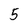
Character: 5